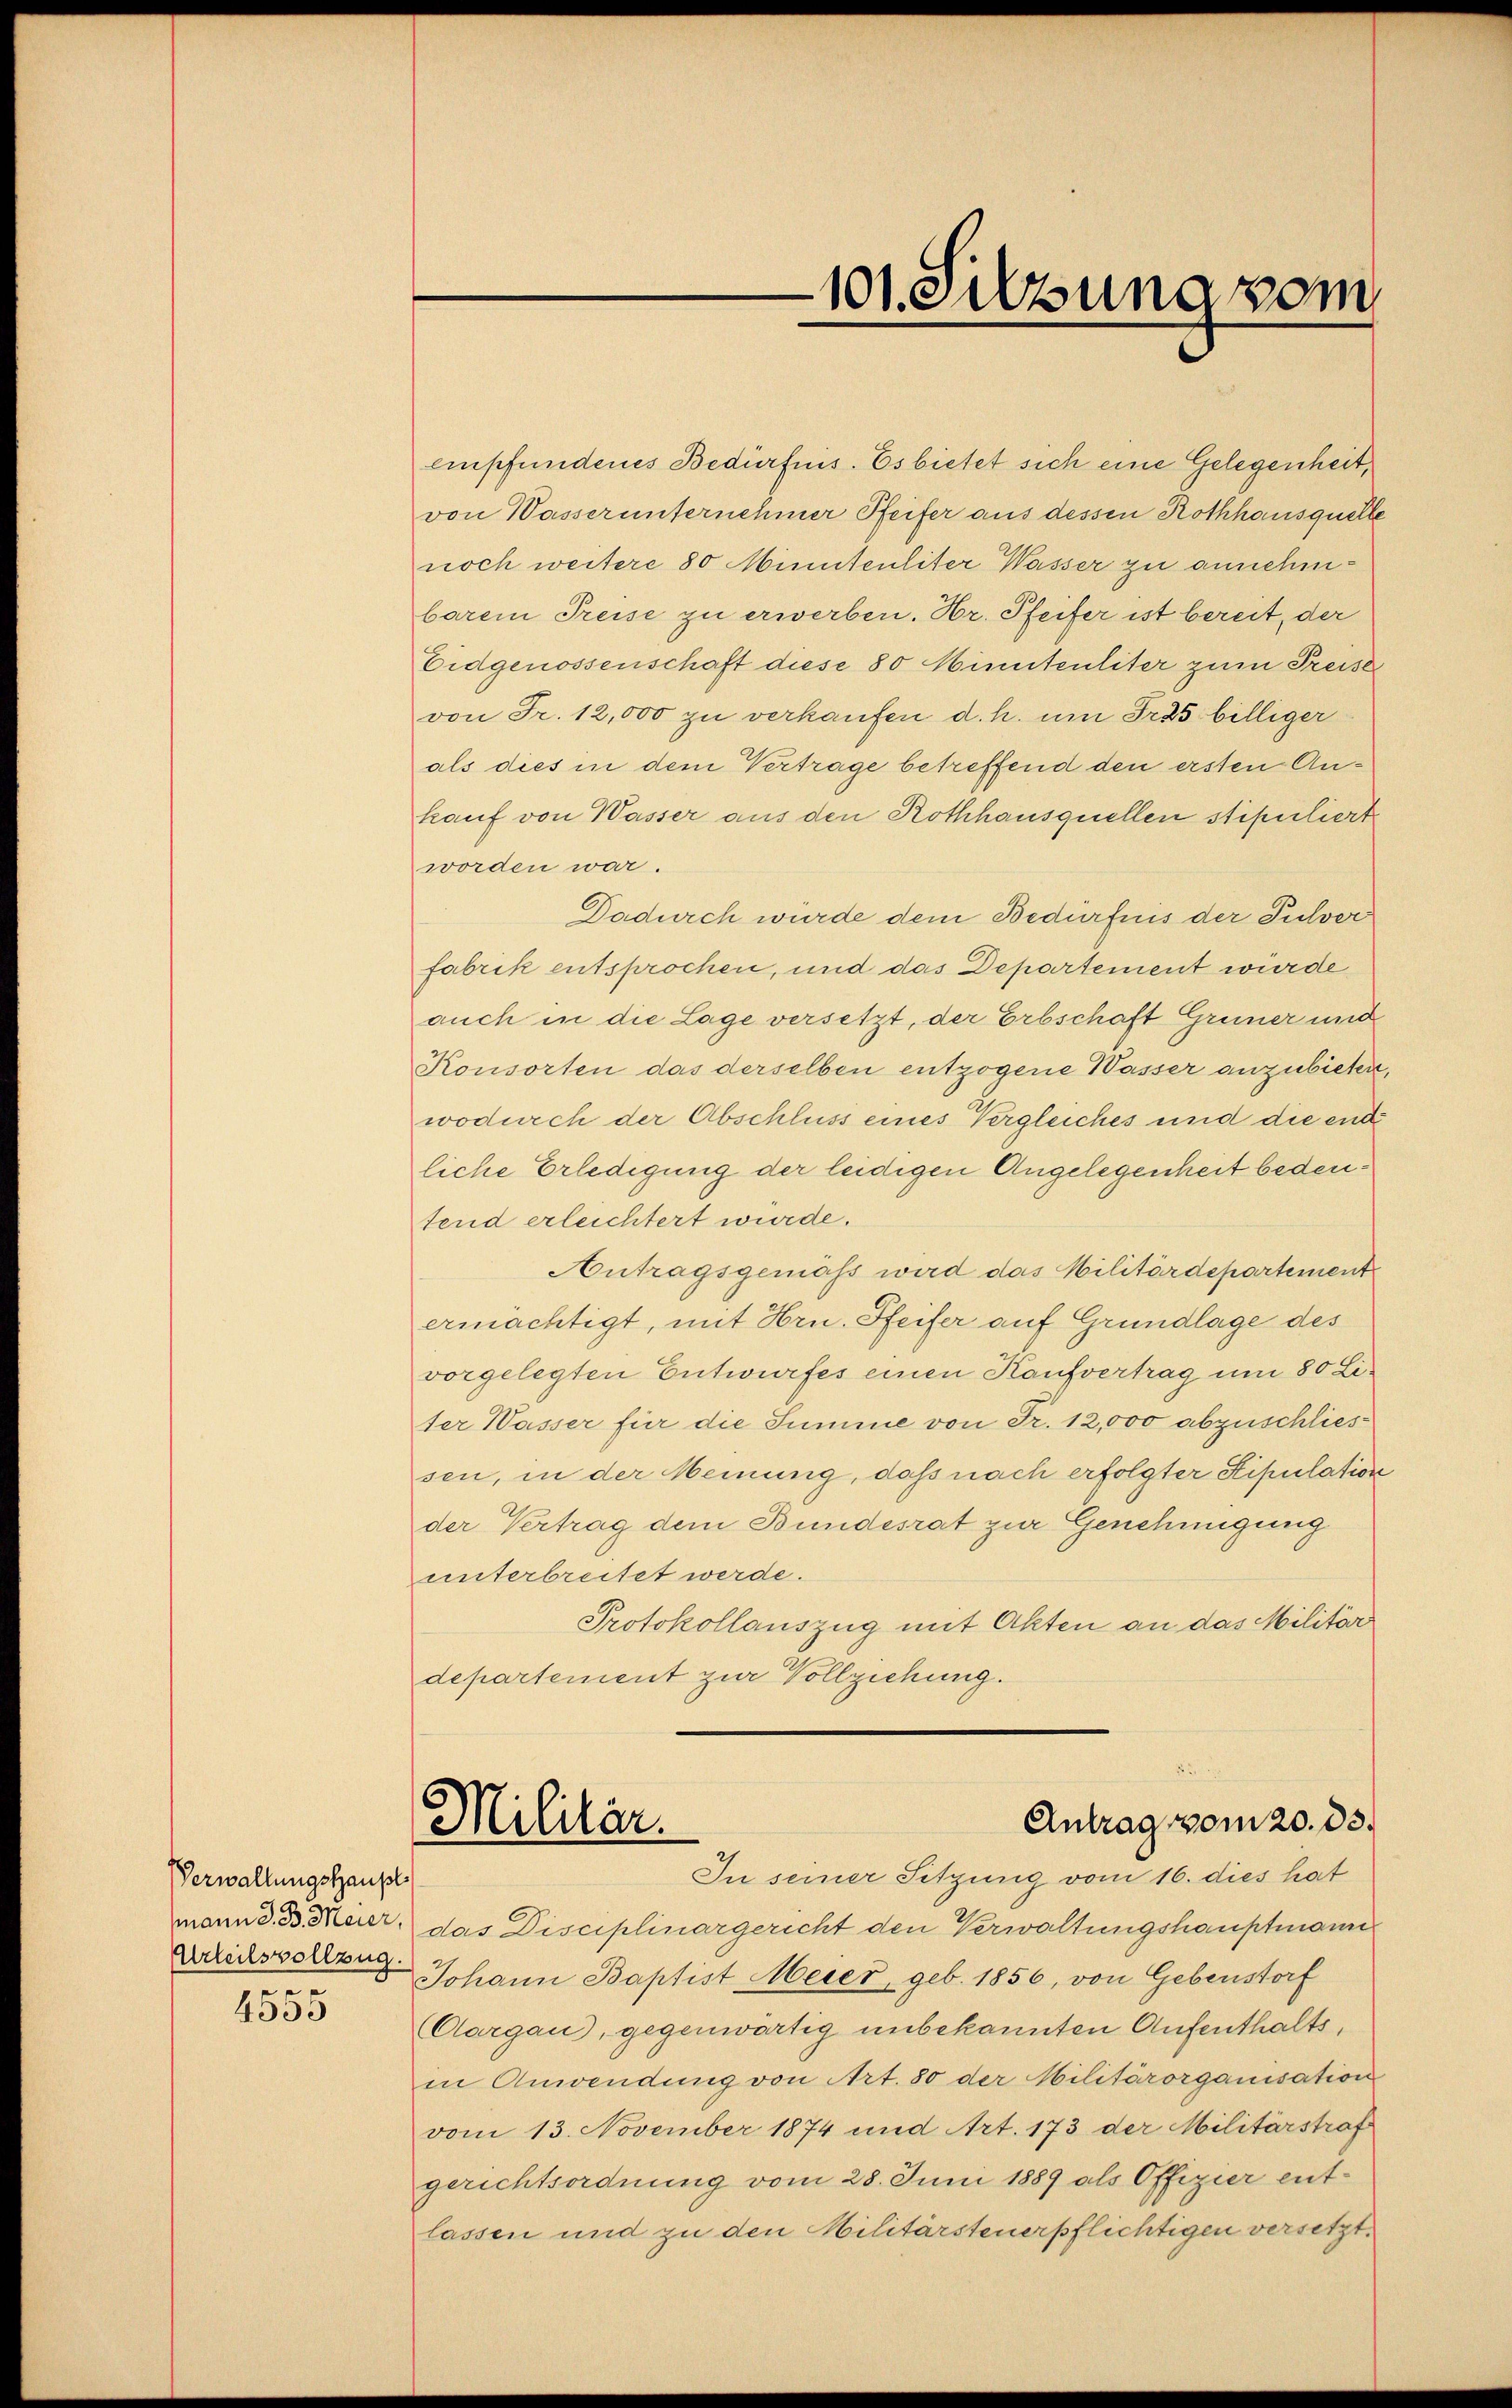
Verwaltungshaupl
Urteilsvollzug.
.
4555

empfundenes Bedürfnis. Es bietet sich eine Gelegenheit,
von Wasserunternehmer Pfeifer aus dessen Rothhausquelle
noch weitere 80 Minutenliter Wasser zu annehmbarem Preise zu erwerben. Hr. Pfeifer ist bereit, der
Eidgenossenschaft diese 80 Minutenliter zum Preise
von Fr. 12,000 zu verkaufen d. h. um Fras billiger
als dies in dem Vertrage betreffend den ersten Ankauf von Wasser aus den Rothhausquellen stipuliert
worden war.
Dadurch wurde dem Bedürfnis der Pulver
fabrik entsprochen, und das Departement würde
auch in die Lage versetzt, der Erbschaft Grüner und
Konsorten das derselben entzogene Wasser anzubieten,
wodurch der Abschluss eines Vergleiches und die entliche Erledigung der leidigen Angelegenheit bedeufend erleichtert wurde.
Antragsgemäß wird das Militärdepartement
ermächtigt, mit Hrn. Pfeifer auf Grundlage des
vorgelegten Entwurfes einen Kaufvertrag um 80 Liter Wasser für die Summe von Fr. 12,000 abzuschliessen, in der Meinung, daß nach erfolgter Stipulation
der Vertrag dem Bundesrat zur Genehmigung
unterbreitet werde.
Protokollauszug mit Akten an das Militär
departement zur Vollziehung.

101. Sitzung vom

Antrag vom 20. ds.
Militär.

In seiner Sitzung vom 16. dies hat
mann d. B. Meer, das Disciplinargericht den Verwaltungshauptmann
Johann Baptist Meier, geb. 1856, von Gebenstorf
Aargau), gegenwärtig unbekannten Aufenthalts,
in Anwendung von Art. 80 der Militärorganisation
vom 13. November 1874 und Art. 173 der Militärstraf
gerichtsordnung vom 28. Juni 1889 als Offizier entlassen und zu den Militärsteuerpflichtigen versetzt.